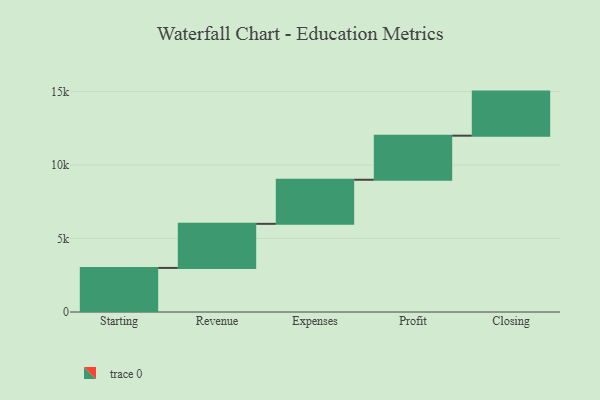
{"axis": {"x": "Step", "y": "Value"}, "legend": [""], "data": [{"x": "Starting", "y": 3000, "type": ""}, {"x": "Revenue", "y": 3000, "type": ""}, {"x": "Expenses", "y": 3000, "type": ""}, {"x": "Profit", "y": 3000, "type": ""}, {"x": "Closing", "y": 3000, "type": ""}]}